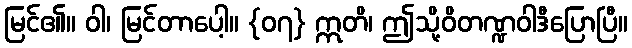
မြင်၏။ ဝါ၊ မြင်တာပေါ့။ {၀၇} ဣတိ၊ ဤသို့ဝိတဏ္ဍဝါဒီပြောပြီ။